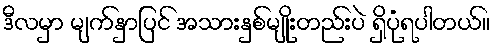
ဒီလမှာ မျက်နှာပြင် အသားနှစ်မျိုးတည်းပဲ ရှိပုံရပါတယ်။